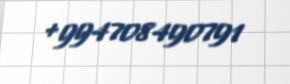
+994708490791